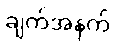
ချက်အနက်